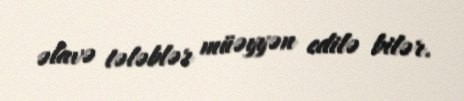
əlavə tələblər müəyyən edilə bilər.